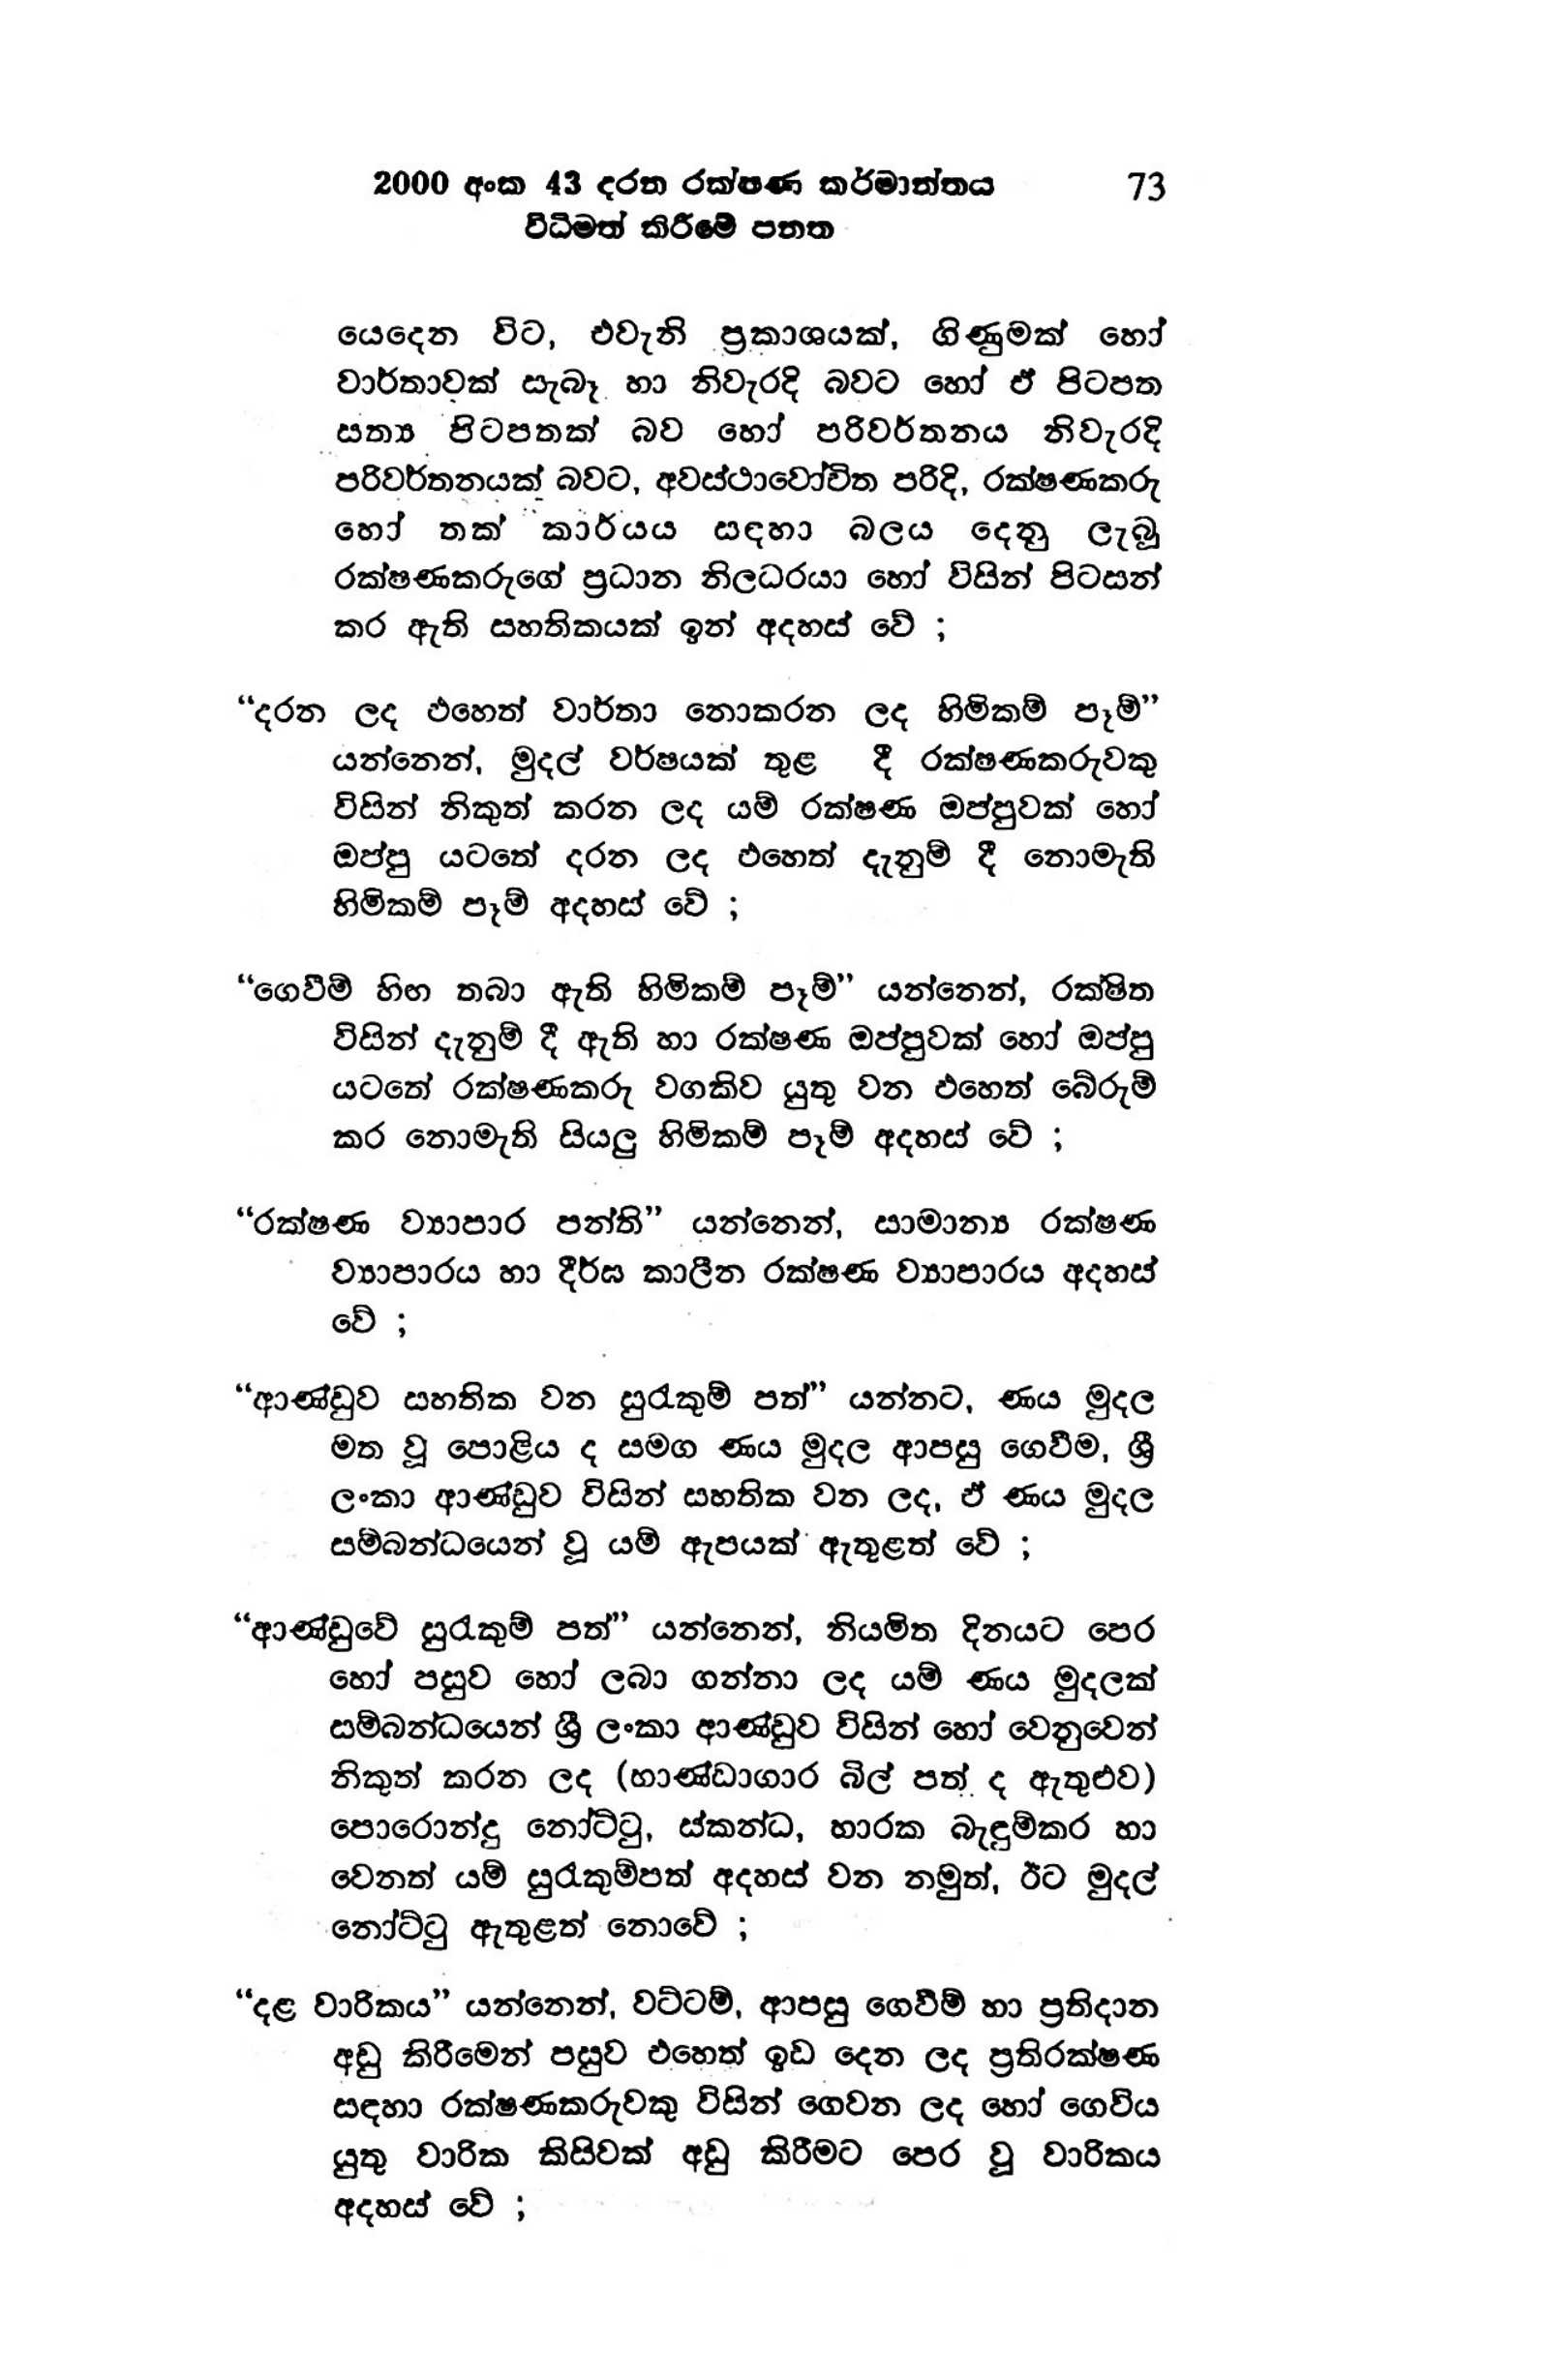
2000 අංක 43 දරන රක්ෂණ කර්මාන්තය 73
විධිමත් කිරීමේ පනත

යෙදෙන විට, එවැනි ප්‍රකාශයක්, ගිණුමක් හෝ
වාර්තාවක් සැබෑ හා නිවැරදි බවට හෝ ඒ පිටපත
සත්‍ය පිටපතක් බව හෝ පරිවර්තනය නිවැරදි
පරිවර්තනයක් බවට, අවස්ථාවෝචිත පරිදි, රක්ෂණකරු
හෝ තක් කාර්යය – සඳහා බලය දෙනු ලැබූ
රක්ෂණකරුගේ ප්‍රධාන නිලධරයා හෝ විසින් පිටසන්
කර ඇති සහතිකයක් ඉන් අදහස් වේ ;

“දරන ලද එහෙත් වාර්තා නොකරන ලද හිමිකම් පෑම් "
යන්නෙන්, මුදල් වර්ෂයක් තුළ දී රක්ෂණකරුවකු
විසින් නිකුත් කරන ලද යම් රක්ෂණ ඔප්පුවක් හෝ
ඔප්පු යටතේ දරන ලද එහෙත් දැනුම් දී නොමැති
හිමිකම් පෑම් අදහස් වේ ;

“ගෙවීම් හිඟ තබා ඇති හිමිකම් පෑම්" යන්නෙන්, රක්ෂිත
විසින් දැනුම් දී ඇති හා රක්ෂණ ඔප්පුවක් හෝ ඔප්පු
යටතේ රක්ෂණකරු වගකිව යුතු වන එහෙත් බේරුම්
කර නොමැති සියලු හිමිකම් පෑම් අදහස් වේ ;

“රක්ෂණ ව්‍යාපාර පන්ති" යන්නෙන්, සාමාන්‍ය රක්ෂණ
ව්‍යාපාරය හා දීර්ඝ කාලීන රක්ෂණ ව්‍යාපාරය අදහස්
වේ ;

“ආණ්ඩුව සහතික වන සුරැකුම් පත්” යන්නට, ණය මුදල
මත වූ පොළිය ද සමග ණය මුදල ආපසු ගෙවීම, ශ්‍රී
ලංකා ආණ්ඩුව විසින් සහතික වන ලද, ඒ ණය මුදල
සම්බන්ධයෙන් වූ යම් ඇපයක් ඇතුළත් වේ ;

“ආණ්ඩුවේ සුරැකුම් පත්” යන්නෙන්, නියමිත දිනයට පෙර
හෝ පසුව හෝ ලබා ගන්නා ලද යම් ණය මුදලක්
සම්බන්ධයෙන් ශ්‍රී ලංකා ආණ්ඩුව විසින් හෝ වෙනුවෙන්
නිකුත් කරන ලද (භාණ්ඩාගාර බිල් පත් ද ඇතුළුව)
පොරොන්දු නෝට්ටු, ස්කන්ධ, හාරක බැඳුම්කර හා
වෙනත් යම් සුරැකුම්පත් අදහස් වන නමුත්, ඊට මුදල්
නෝට්ටු ඇතුළත් නොවේ ;

“දළ වාරිකය” යන්නෙන්, වට්ටම්, ආපසු ගෙවීම් හා ප්‍රතිදාන
අඩු කිරීමෙන් පසුව එහෙත් ඉඩ දෙන ලද ප්‍රතිරක්ෂණ
සඳහා රක්ෂණකරුවකු විසින් ගෙවන ලද හෝ ගෙවිය
යුතු වාරික කිසිවක් අඩු කිරීමට පෙර වූ වාරිකය
අදහස් වේ ;